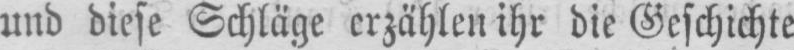
und diese Schläge erzählen ihr die Geschichte